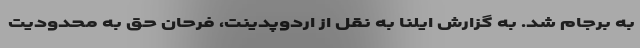
به برجام شد. به گزارش ایلنا به نقل از اردوپدینت، فرحان حق به محدودیت